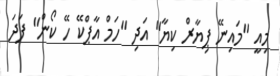
މިއީ "މައިނޭ ޕިޔާރް ކިޔާ" އަދި "ހަމް އާޕްކޭ ހޭ ކޯން" ފަދަ